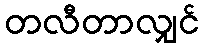
တလီတာလျှင်